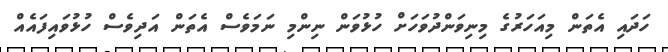
ހަދައި އެތަން މިއަަހަރުގެ މިނިވަންދުވަހަށް ހުޅުވަން ނިންމި ނަމަވެސް އެތަން އަދިވެސް ހުޅުވައިފައެއް